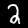
Label: 2